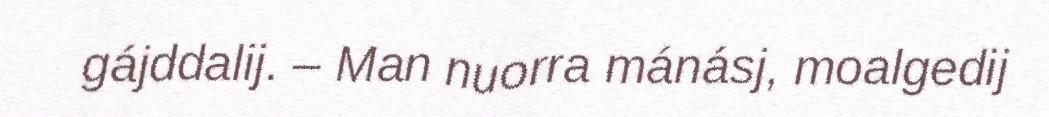
gájddalij. – Man nuorra mánásj, moalgedij